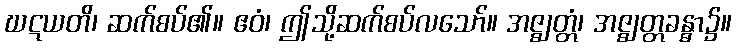
ဃဋယတိ၊ ဆက်စပ်၏။ ဧဝံ၊ ဤသို့ဆက်စပ်လသော်။ အဇ္ဈတ္တံ၊ အဇ္ဈတ္တခန္ဓာ၌။